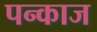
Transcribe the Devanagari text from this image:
पन्काज